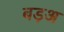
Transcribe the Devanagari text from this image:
बड़अ